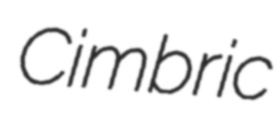
Cimbric